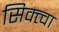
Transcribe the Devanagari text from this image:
सिक्त्वा